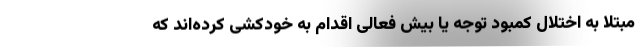
مبتلا به اختلال کمبود توجه یا بیش فعالی اقدام به خودکشی کرده‌اند که